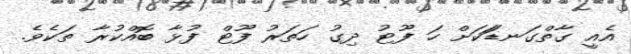
އެއީ ގާތްގަނޑަަކަށް ހަ ފޫޓު ދިގު ހަތަރު ފޫޓް ފުޅާ ބޮއްކުރާ ތަކެވެ.